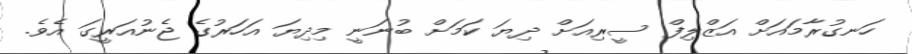
ހަނގުރާމައަށް އަޒްލިފް ސީރިއަށް ދިޔަ ކަމަށް ބުނަނީ މިދިޔަ އަހަރުގެ ޖެނުއަރީގަ އެވެ.